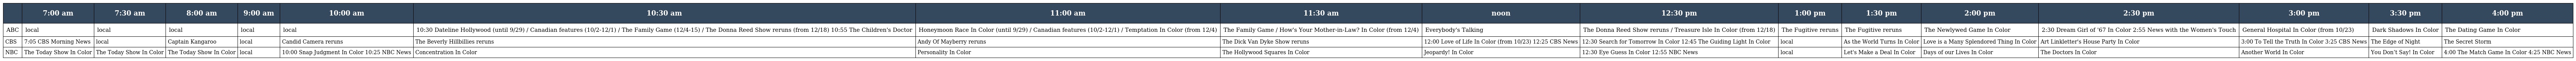
|  | 7:00 am | 7:30 am | 8:00 am | 9:00 am | 10:00 am | 10:30 am | 11:00 am | 11:30 am | noon | 12:30 pm | 1:00 pm | 1:30 pm | 2:00 pm | 2:30 pm | 3:00 pm | 3:30 pm | 4:00 pm |
 | --- | --- | --- | --- | --- | --- | --- | --- | --- | --- | --- | --- | --- | --- | --- | --- | --- | --- |
 | ABC | local | local | local | local | local | 10:30 Dateline Hollywood (until 9/29) / Canadian features (10/2-12/1) / The Family Game (12/4-15) / The Donna Reed Show reruns (from 12/18) 10:55 The Children's Doctor | Honeymoon Race In Color (until 9/29) / Canadian features (10/2-12/1) / Temptation In Color (from 12/4) | The Family Game / How's Your Mother-in-Law? In Color (from 12/4) | Everybody's Talking | The Donna Reed Show reruns / Treasure Isle In Color (from 12/18) | The Fugitive reruns | The Fugitive reruns | The Newlywed Game In Color | 2:30 Dream Girl of '67 In Color 2:55 News with the Women's Touch | General Hospital In Color (from 10/23) | Dark Shadows In Color | The Dating Game In Color |
 | CBS | 7:05 CBS Morning News | local | Captain Kangaroo | local | Candid Camera reruns | The Beverly Hillbillies reruns | Andy Of Mayberry reruns | The Dick Van Dyke Show reruns | 12:00 Love of Life In Color (from 10/23) 12:25 CBS News | 12:30 Search for Tomorrow In Color 12:45 The Guiding Light In Color | local | As the World Turns In Color | Love is a Many Splendored Thing In Color | Art Linkletter's House Party In Color | 3:00 To Tell the Truth In Color 3:25 CBS News | The Edge of Night | The Secret Storm |
 | NBC | The Today Show In Color | The Today Show In Color | The Today Show In Color | local | 10:00 Snap Judgment In Color 10:25 NBC News | Concentration In Color | Personality In Color | The Hollywood Squares In Color | Jeopardy! In Color | 12:30 Eye Guess In Color 12:55 NBC News | local | Let's Make a Deal In Color | Days of our Lives In Color | The Doctors In Color | Another World In Color | You Don’t Say! In Color | 4:00 The Match Game In Color 4:25 NBC News |